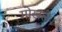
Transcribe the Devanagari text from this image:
गोखले।